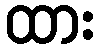
ထား